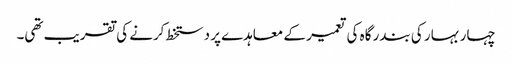
چہار بہار کی بندر گاہ کی تعمیر کے معاہدے پر دستخط کرنے کی تقریب تھی۔